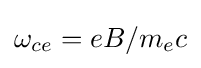
\omega _{ce}=eB/{m_{e}c}